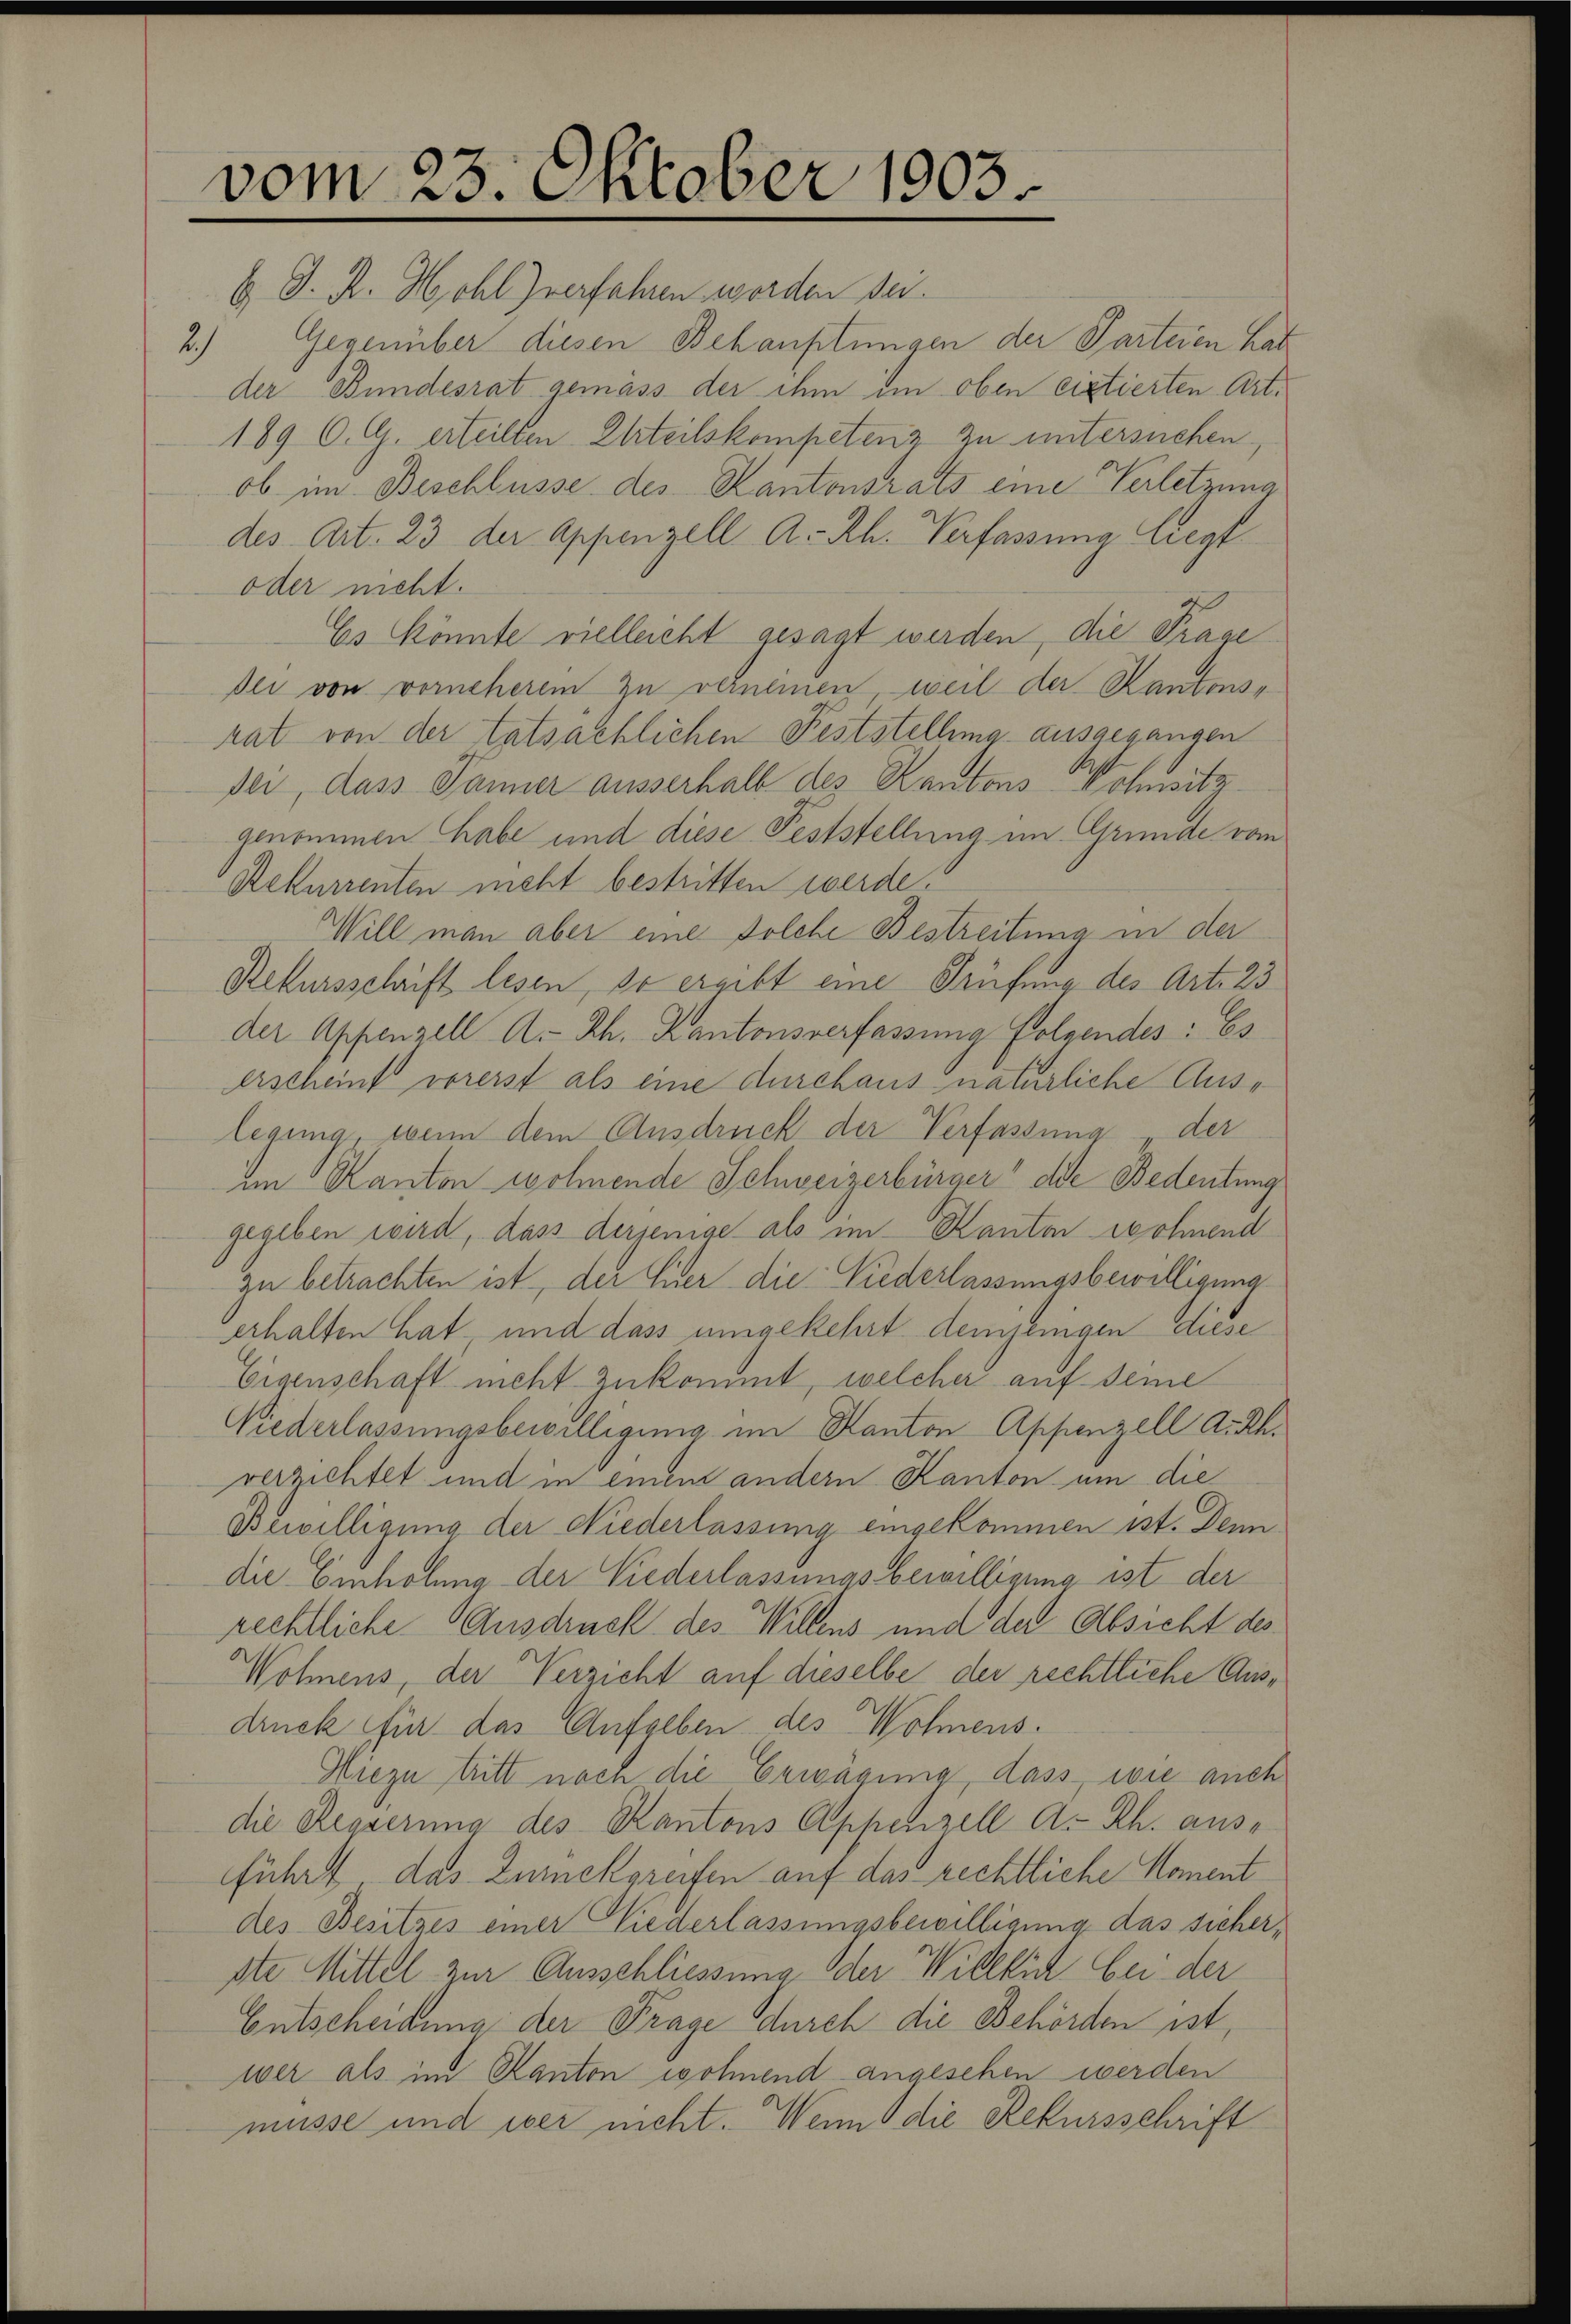
vom 23. Oktober 1903.

E D. R. Hohl) verfahren worden sei.
2.) Gegenüber diesen Behauptungen der Parteien hat
der Bundesrat gemäss der ihm im oben citierten Art.
189 O. G. erteilten Urteilskompetenz zu untersuchen,
ob im Beschlüsse des Kantonsrats eine Verletzung
des Art. 23 der Appenzell A.-Rh. Verfassung liegt
oder nicht.
Es könnte vielleicht gesagt werden, die Frage
dei von vorneherem zu vernennen, weil der Kantonsrat von der tatsächlichen Feststellung- ausgegangen
der, dass Panner ausserhalb des Kantons Wohnsitzgenommen habe und diese Feststellung im Grunde vom
Rekurrenten nicht bestritten werde.
Will man aber eine solche Bestreitung in der
Rekursschrift lesen, so ergibt eine Prüfung des Art. 23
der Appenzell A.-Rh. Kantonsverfassung Folgendes: Es
erscheint vorerst als eine durchaus natürliche Auslegung, wenn dem Ausdruck der Verfassung der
im Kanton wohnende Schweizerbürger“ die Bedeutung
gegeben wird, dass derjenige als im Kanton wohnend
zu betrachten ist, der Einer die Niederlassungsbewilligung
erhalten hat, und dass umgekehrt denjenigen diese
Eigenschaft nicht zukommt, welcher auf deme
Niederlassungsbewilligung im Kanton Appenzell A.Rh.
verzichtet und in einem andern Kanton um die
Bewilligung der Niederlassung eingekommen ist. Denn
die Einholung der Niederlassungsbewilligung ist der
rechtliche Ausdruck des Willens und der Absicht des
Wohnens, der Verzicht auf dieselbe der rechtliche Ausdruck für das Aufgeben des Wohnens.
Hiezu tritt nach die Erwägung, dass, wie auch
die Regierung des Kantons Appenzell A.-Rh. ausführt, das Zurückgreifen auf das rechtliche Koment
des Besitzes einer Niederlassungsbewilligung das sicherste Mittel zur Ausschliessung der Willlich bei der
Entscheidung der Frage durch die Behörden ist,
wer als im Kanton wohnend angesehen werden
müsse und wer nicht. Wenn die Rekursschrift